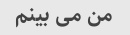
من می بینم